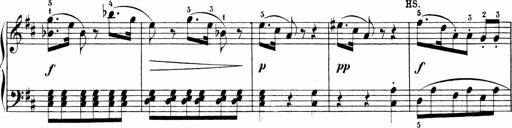
Title: Sonatinen Op.47, 98 und 136, nebst 6 Liedersonatinen
Composer: Carl Reinecke